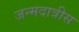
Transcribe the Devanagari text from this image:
जन्मदात्रीस